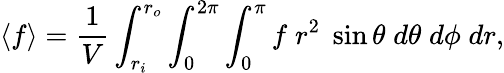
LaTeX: \left\langle f\right\rangle=\frac{1}{V}\int_{r_{i}}^{r_{o}}\int_{0}^{2\pi}\int_{0}^{\pi}f\; r^{2}\; \sin{\theta}\; d\theta\; d\phi\; dr,